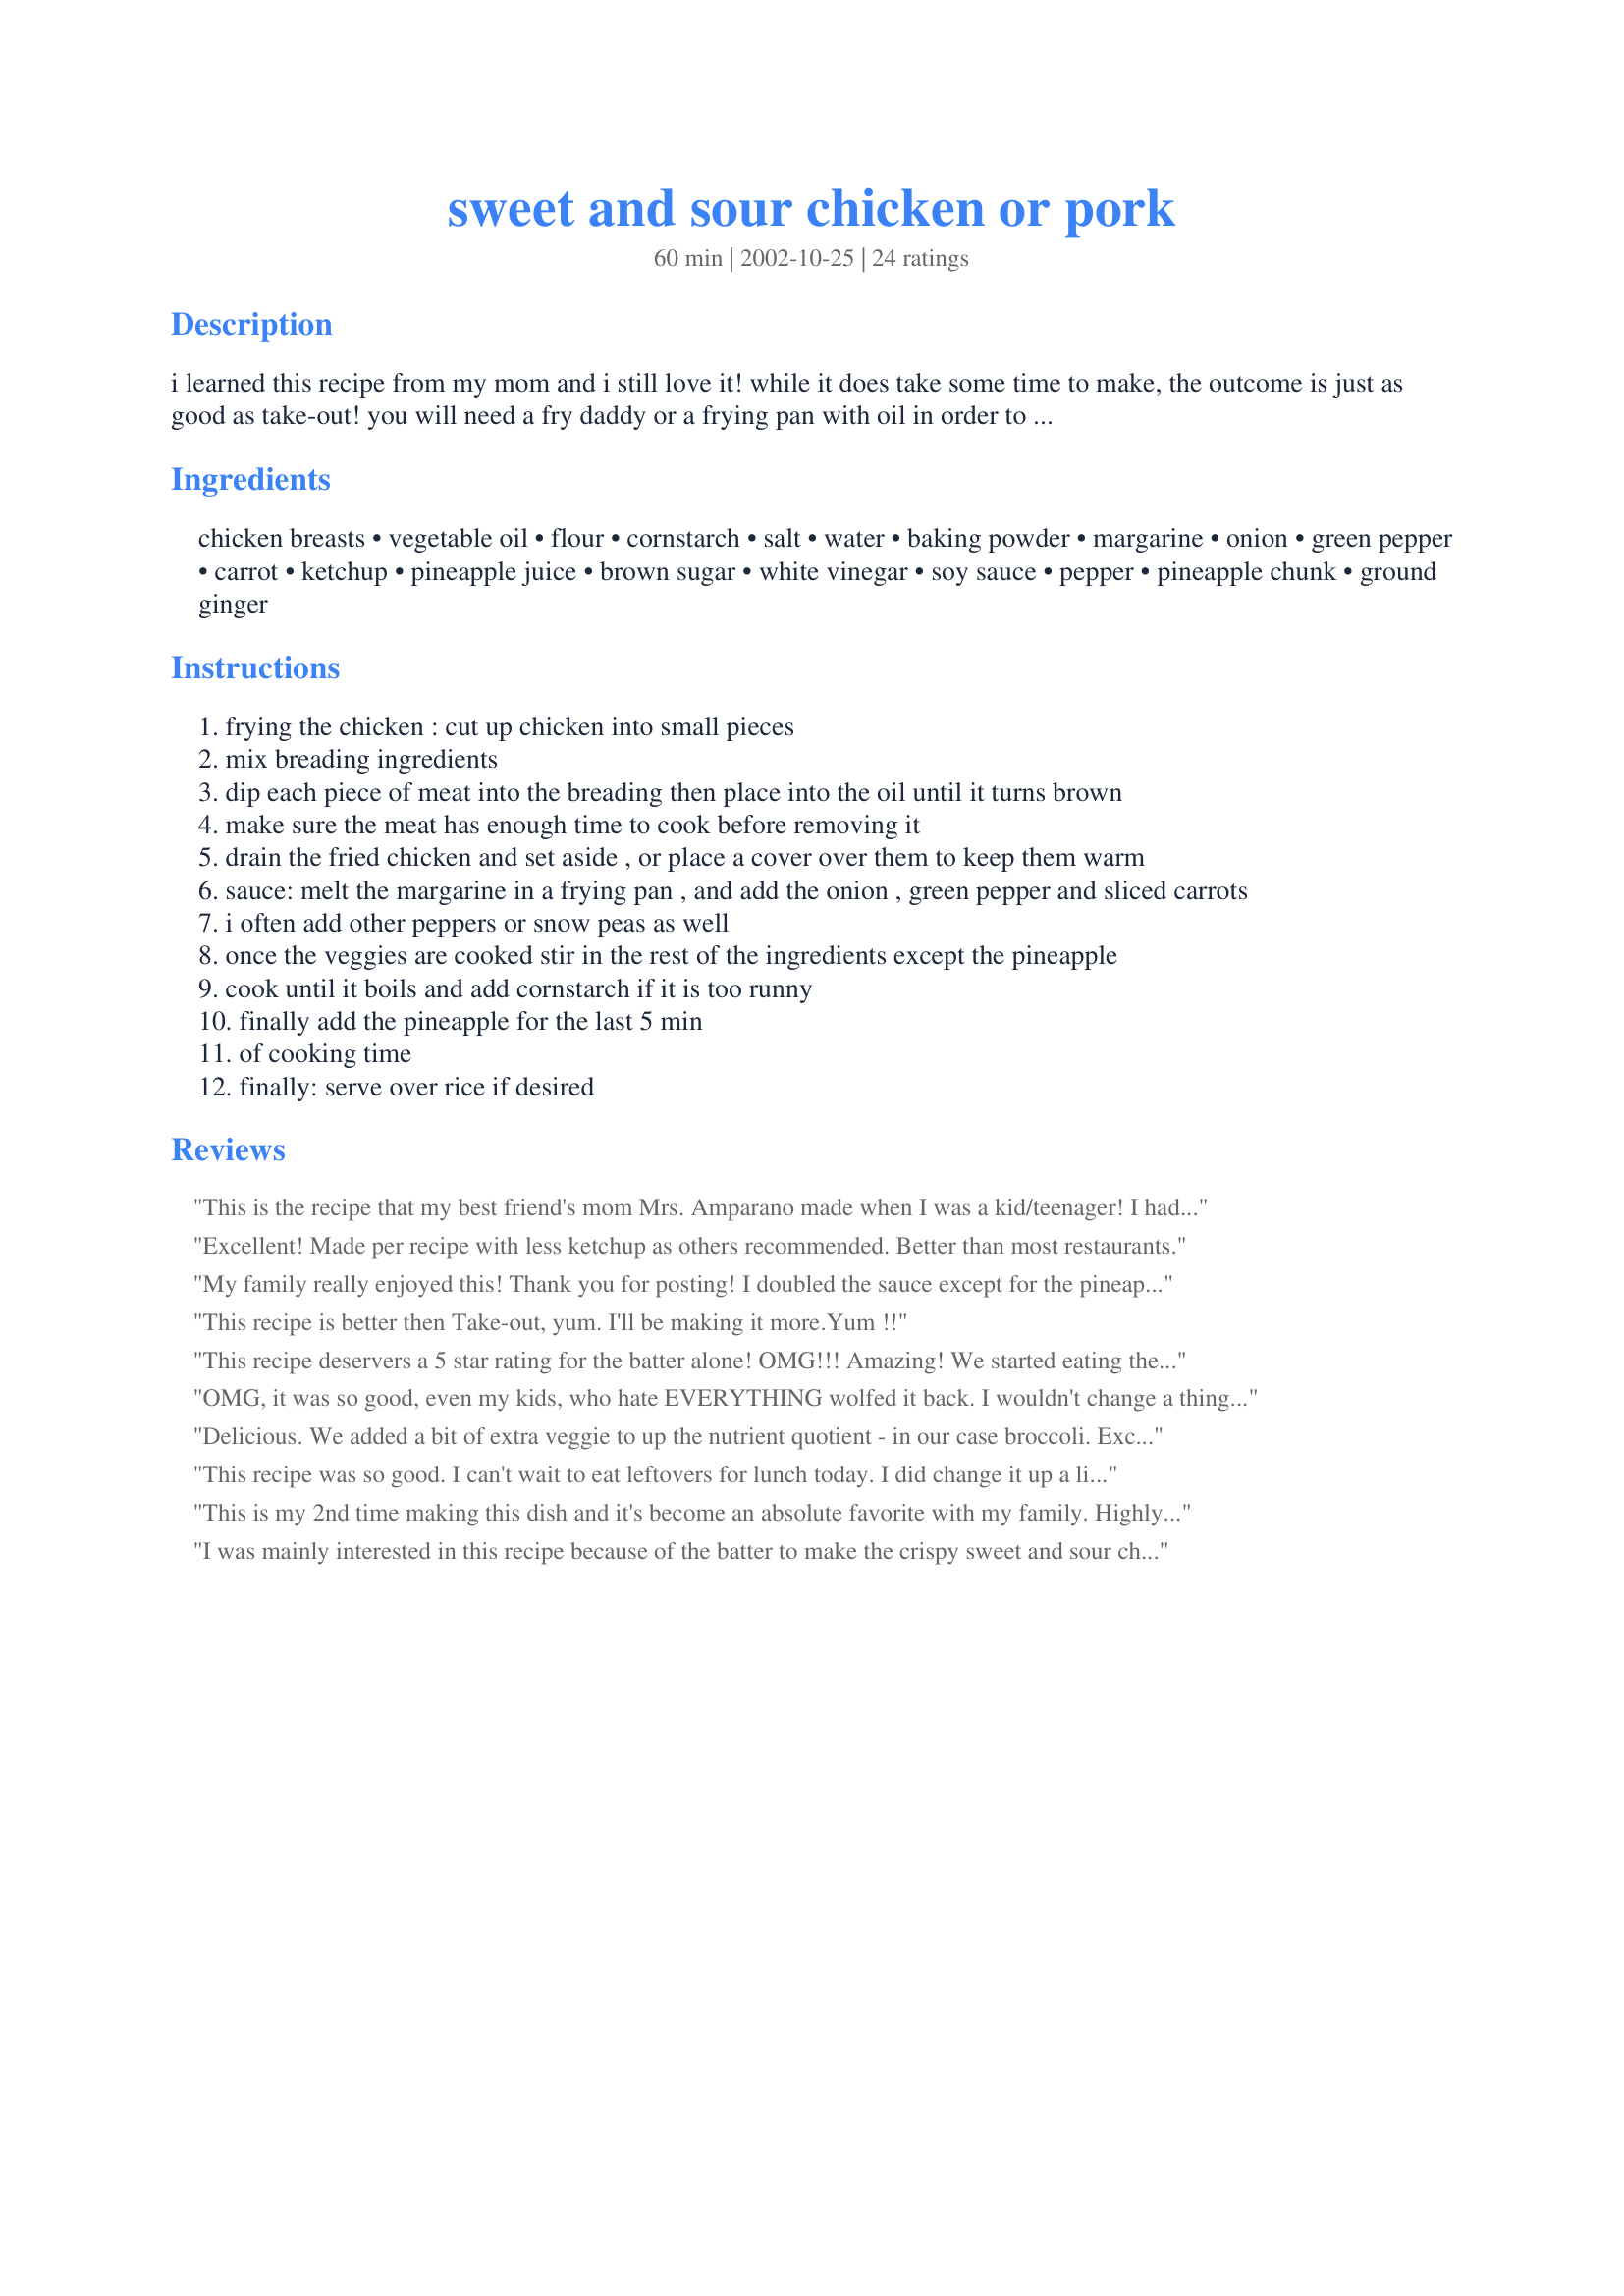
sweet and sour chicken or pork
Preparation time: 60 minutes

i learned this recipe from my mom and i still love it! while it does take some time to make, the outcome is just as good as take-out! you will need a fry daddy or a frying pan with oil in order to fry the meat. put enough oil in the frying pan so that the meat can float to the top.

Ingredients:
chicken breasts, vegetable oil, flour, cornstarch, salt, water, baking powder, margarine, onion, green pepper, carrot, ketchup, pineapple juice, brown sugar, white vinegar, soy sauce, pepper, pineapple chunk, ground ginger

Steps:
frying the chicken : cut up chicken into small pieces
mix breading ingredients
dip each piece of meat into the breading then place into the oil until it turns brown
make sure the meat has enough time to cook before removing it
drain the fried chicken and set aside , or place a cover over them to keep them warm
sauce: melt the margarine in a frying pan , and add the onion , green pepper and sliced carrots
i often add other peppers or snow peas as well
once the veggies are cooked stir in the rest of the ingredients except the pineapple
cook until it boils and add cornstarch if it is too runny
finally add the pineapple for the last 5 min
of cooking time
finally: serve over rice if desired

Reviews:
This is the recipe that my best friend's mom Mrs. Amparano made when I was a kid/teenager! I had a standing invitation to have dinner at their house everytime she made this (OK, I invited myself:LOL:) 
The sauce is awesome but I believe she thickened hers with a cornstarch slurry and she usually had to make alot for a large family and ahem, guests so she would trim and cut up a big pork roast of some sort. I wasn't interested in cooking back then, just eating so I never got the recipe. Cathy17's tips are dead on right:)
I am so excited to see this here!
Thank you so so much for posting!!!
Excellent! Made per recipe with less ketchup as others recommended. Better than most restaurants.
My family really enjoyed this! Thank you for posting! I doubled the sauce except for the pineapple juice and next time i might reduce the brown sugar a bit.
This recipe is better then Take-out, yum. I'll be making it more.Yum !!
This recipe deservers a 5 star rating for the batter alone! OMG!!! Amazing! We started eating the pork before it even cooled! The sauce was a bit ketchup-y for my taste but still a really great sweet and sour recipe-the best I've ever made! I seasoned my pork pieces with seasoned tenderizer and a splash of soy before dipping in the batter. I also used a deep frier, which saves lots of time. I also pre-mixed the sauce in a bowl so I wouldn't have to try and get everything done at once and didn't end up having to thicken the sauce with cornstarch. I used defrosted frozen carrot chips for time saving sake and made fried rice recipe #20643. This recipe is a keeper and thank you so much for making dinner a big hit!
OMG, it was so good, even my kids, who hate EVERYTHING wolfed it back. I wouldn't change a thing about the recipe. Way better than chinese take-out.
Delicious. We added a bit of extra veggie to up the nutrient quotient - in our case broccoli. Excellent and easy to make.
This recipe was so good. I can't wait to eat leftovers for lunch today. I did change it up a little for convenience and to make it healthier. I cooked the cut up chicken in a little butter instead of battering it and then cooked the rest of the recipe as is and added the chicken to the sauce at the end and it was so good over brown rice. I do want to try it with the battered chicken, maybe when I have more time.
This is my 2nd time making this dish and it's become an absolute favorite with my family. Highly recommend to all novice cooks. From the breading which is very simple and not messy at all to the final cooking of the sauce.
I was mainly interested in this recipe because of the batter to make the crispy sweet and sour chicken. It was really easy to make and came out delicious! Since I am a vegetarian, I used Veat Meat Nuggets, cut in half. I also used store bought sweet and sour sauce.
I absolutely love this recipe, esspecially for the batter. It is so perfect!!! I think the only thing I did differently was use olive oil for the batter instead of vegetable oil because I really don't use anything but olive oil. Still amazing!
I forgot to include adding cornstarch to the sauce in this review, so I'm re-submitting it.

This is very close to the recipe my mom made when I was a kid. It was and still is my FAVORITE dish. Nicole is right - it takes alot of time to prepare, but it is so worth it. I fiddle with the sauce because I like to make a huge batch as it freezes VERY well. I also like a tangier sauce, so I usually add a bit more vinegar and pineapple juice. I also add cornstarch to the sauce to thicken it. I noticed this recipe doesn't call for it. Adjust the recipe to your taste. I measure everything first, then free pour everything when I adjust it to suit our tastes. If you make a large batch, freeze the sauce and deepfried pork separately, thaw and reheat. I also marinate the pork in soy sauce and if you have trouble getting the coating to stick to the pork, I dip the pork into beaten eggs first. I also prefer to use Pork butt (I guess it's called pork shoulder in the states, but Pork Butt in Canada) as it's cheaper and juicier. I used to buy pork butt roasts on sale and then cut them into bitesized chunks, marinate in soy sauce, dip in egg and then in the coating. Before I got a deep fryer, I used my deep dutch skillet, but using a deep fryer works so much better and is far less messy . Set aside a few hours to make this, especially if you're making a large batch to freeze. I always serve over rice and the leftovers the next day are better than when you originally make it. I always make extra sauce because I love dousing the rice in the sauce. ENJOY! It really is VERY tasty!
This is really good. I made this except omitted the carrots. We really liked this and the breading stayed on my chicken, which is a problem in the past. Thank you for sharing a new favorite.
Had people at our deli requesting sweet and sour pork for lunch, so I made this as the special one day without the breading, (don't have the equipment and space to deep fry), made extra sauce, and added red peppers and broccoli over basmati - it's now a bi-weekly staple! Thanks!
Made this with fresh pineapple, canned pineapple juice, and 1/3 c. ketchup. Otherwise, I followed the directions. This is excellent! Thanks!
Great was a hit!!!
This recipe was fantastic! Well worth the time to prepare! Better than restaurant quality. We all loved this recipe... In particular I LOVED the breading/batter, I've been trying all sorts of batter recipes and this one is just what I was looking for. Have used it for pork and chicken to perfection. Am going to test it out on some whiting fillets next.... Can't wait. Thank you for such a magnificent recipe!
i used this recipe purely for the batter as i had left over roast pork & made egg fried rice to accompany it. had store bought sweet & sour dip. this is by far the best & easiest batter recipe i've used. i did thoroughly coat the pork pieces in flour first then drowned them in the batter & then deep fried conventional way. the batter stuck well & was light & crispy, grrrrreat stuff! will pass this one around!
Wow! Better than KittyCal&#039;s recipe I tried last year. I used fresh pineapple and only had Orange juice. It was fantastic. Next time I will cut vegetables and chicken into smaller pieces. Before frying, dry the chicken with paper towels, then dip.
Super Delicious. Whenever i make this I triple the batch and freeze it. Very Yummy Thank you so much
I made this a year ago and it was absolutely fantastic. I made it again last night and my BF loved it even more. I make a lot of Chinese food and am careful about which recipes I choose and this is a winner and I would recommend this recipe. In fact I think I will start using the breading for my orange chicken. The breading was light and crispy. I did lessen the ketchup just a little bit, other than that I made as written.
This was fantastic. By far the best SS chicken recipe I have ever tried. My kids want me to make them chicken like this every night. I did use cornstarch to thicken the sauce. I it time consuming to make but well worth it. Thanks for this recipe.
This is a fantastic recipe. I've made it with both pork and chicken and both are equally tasty. I usually double the sauce but otherwise this recipe is spot on. The batter is very nice and easy just don't try to fry this in a deep fryer basket like I did the first time... clean up took a while!
I chose this recipe because it seemed to address other folks&#039; criticism of the more popular recipes. My husband would never eat something with a ton of sugar in it and this met his criteria. He cut the amount of ketchup to 1/3rd cup and it did not overwhelm the flavor of the sauce; he used cider vinegar and diced about 1 T. of fresh ginger into the sauce before adding it to the pan. He didn&#039;t add the cornstarch to thicken the sauce. It was good, but I think I would like the sauce thicker next time. We packed this recipe with lots of veggies. Also, very important, to keep this as healthy as possible, cook the chicken in batches in a small amount of oil in a non-stick pan. Use thigh meat instead of breast meat for the most flavorful chicken. This batter has a tempura-like texture. I highly recommend this one and I crave Chinese take-out all the time. It simply doesn&#039;t fit into our budget or a healthy diet plan.
